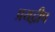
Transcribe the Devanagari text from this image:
प्रयद्वीप